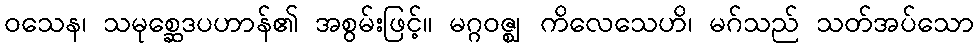
ဝသေန၊ သမုစ္ဆေဒပဟာန်၏ အစွမ်းဖြင့်။ မဂ္ဂဝဇ္ဈ ကိလေသေဟိ၊ မဂ်သည် သတ်အပ်သော